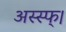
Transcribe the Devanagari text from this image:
अस्स्फ्।